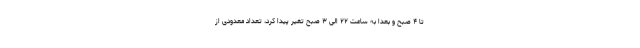
تا ۴ صبح و بعدا به ساعت ۲۲ الی ۳ صبح تغیر پیدا کرد، تعداد معدودی از